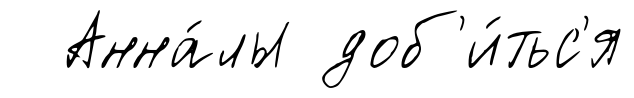
Анна́лы доб'и́тьс'я